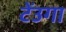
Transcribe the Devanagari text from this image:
टेंउगा